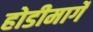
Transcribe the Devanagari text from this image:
होडीमार्गे